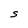
Character: S